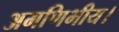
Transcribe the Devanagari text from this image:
अमणिभीय।